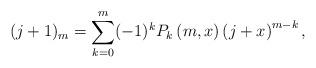
LaTeX: \begin{align*}(j+1)_m = \sum_{k=0}^m (-1)^k P_k\left(m, x\right) \left(j + x\right)^{m-k},\end{align*}